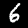
Digit: 6